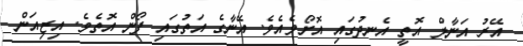
އޭރު އަނާލް އޮތީ އެނދުގައި އޮށޯވެއެވެ. އޭނާގެ އަތުގައި ފޯން އޮތެވެ. އިޒިއަން